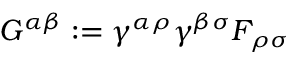
G ^ { \alpha \beta } : = \gamma ^ { \alpha \rho } \gamma ^ { \beta \sigma } F _ { \rho \sigma }